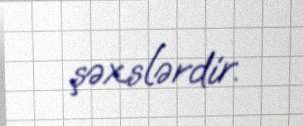
şəxslərdir.